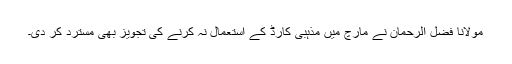
مولانا فضل الرحمان نے مارچ میں مذہبی کارڈ کے استعمال نہ کرنے کی تجویز بھی مسترد کر دی۔